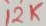
Text: 12K